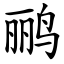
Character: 鹂